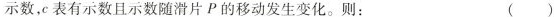
示数，表有示数且示数随滑片P的移动发生变化。则： ( )